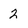
Character: 2